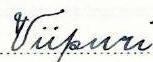
Viipuri